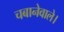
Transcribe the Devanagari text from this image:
चबानेवाले।